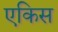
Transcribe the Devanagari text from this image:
एकिस